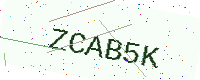
Text: ZCAB5K